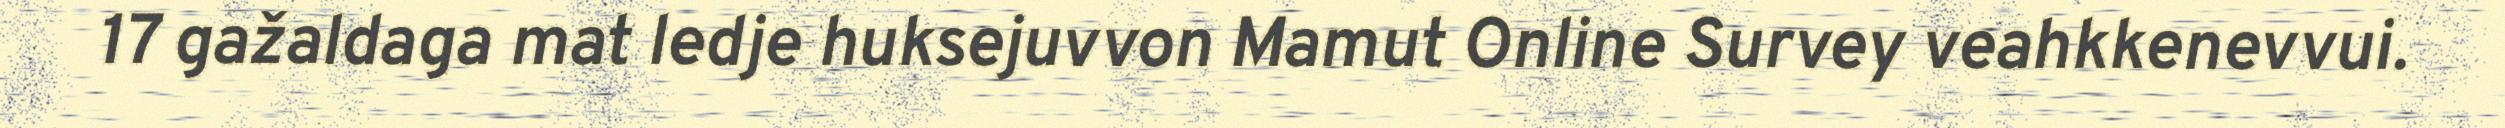
17 gažaldaga mat ledje huksejuvvon Mamut Online Survey veahkkenevvui.